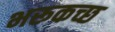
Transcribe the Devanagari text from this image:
भरूकच्छ